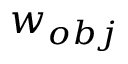
w _ { o b j }